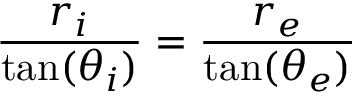
\frac { r _ { i } } { \tan ( \theta _ { i } ) } = \frac { r _ { e } } { \tan ( \theta _ { e } ) }